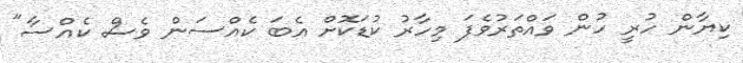
ކިޔާން ހުރީ ހުން ވައްތަރުވެފަ މިހާރު ކުޑަކޮށް އެބަ ކެއްސަން ވެސް ކެއްސާ"